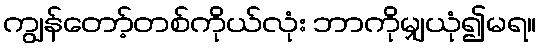
ကျွန်တော့်တစ်ကိုယ်လုံး ဘာကိုမျှယုံ၍မရ။